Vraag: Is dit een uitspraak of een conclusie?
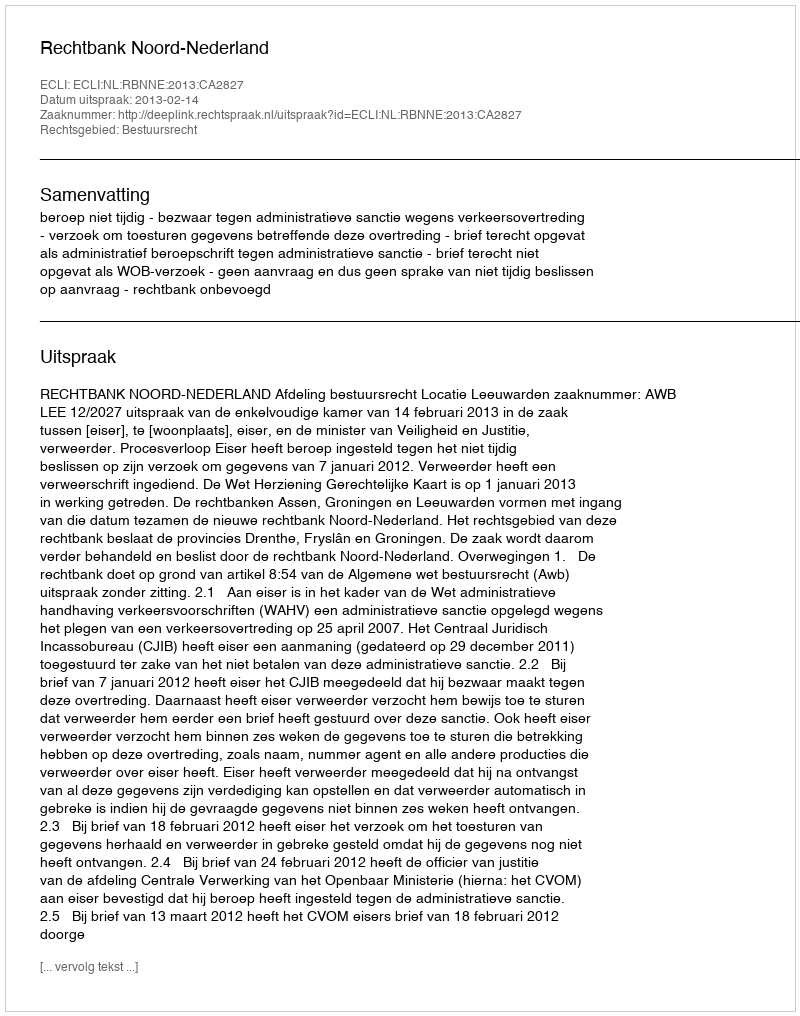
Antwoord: Uitspraak